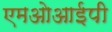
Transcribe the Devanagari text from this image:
एमओआईपी